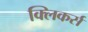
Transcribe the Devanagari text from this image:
क्लिकर्स